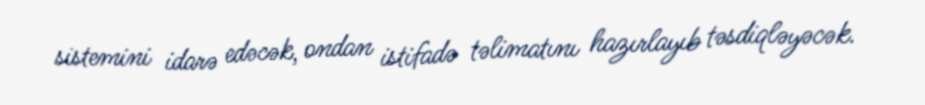
sistemini idarə edəcək, ondan istifadə təlimatını hazırlayıb təsdiqləyəcək.